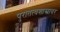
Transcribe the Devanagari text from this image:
पुरातत्वशास्त्रावर